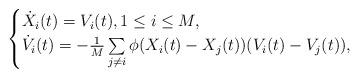
LaTeX: \begin{align*}\begin{cases} \dot{X}_i(t) = V_i(t),1\leq i\leq M, \\ \dot{V}_i(t) = -\frac{1}{M} \sum\limits_{j\neq i}\phi(X_i(t)-X_j(t)) (V_i(t)-V_j(t)),\end{cases}\end{align*}